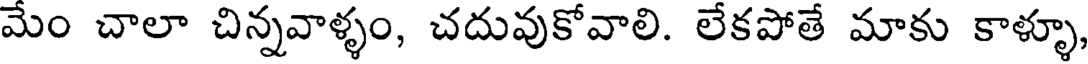
మేం చాలా చిన్నవాళ్ళం, చదువుకోవాలి. లేకపోతే మాకు కాళ్ళూ,